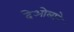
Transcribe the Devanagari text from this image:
देओलाने